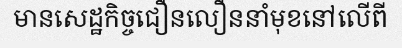
មានសេដ្ឋកិច្ចជឿនលឿននាំមុខនៅលើពី